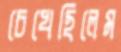
চেখেছিলেম